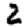
Digit: 2